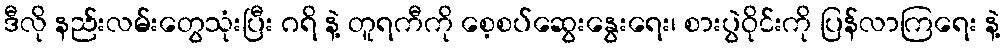
ဒီလို နည်းလမ်းတွေသုံးပြီး ဂရိ နဲ့ တူရကီကို စေ့စပ်ဆွေးနွေးရေး၊ စားပွဲဝိုင်းကို ပြန်လာကြရေး နဲ့